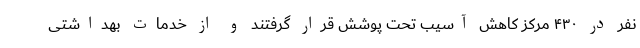
نفر در ۴۳۰ مرکز کاهش آسیب تحت پوشش قرار گرفتند و از خدمات بهداشتی